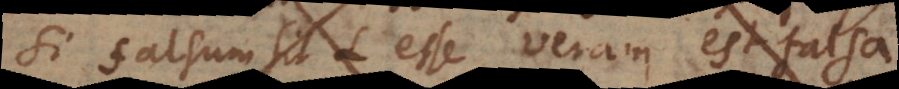
Similiter si L esse veram est falsa,